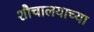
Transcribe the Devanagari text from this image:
शौचालयाच्या